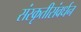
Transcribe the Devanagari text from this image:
संस्कृतीसंवर्धन